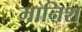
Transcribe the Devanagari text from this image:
मानिश